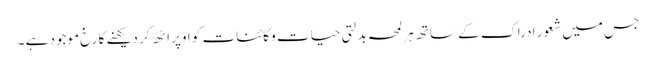
جس میں شعور ادراک کے ساتھ ہر لمحہ بدلتی حیات و کائنات کو اوپر اٹھ کر دیکھنے کا رخ موجود ہے ۔